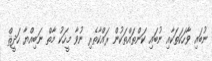
ނުބައި ވާހަކަތަކާއި ނުބައި ކަންތައްތަކުން ރައްކާތެރި ނުވާ މީހަކު މާތް ނަބިއްޔާ ހަދީޘް